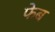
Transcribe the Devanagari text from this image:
फेब